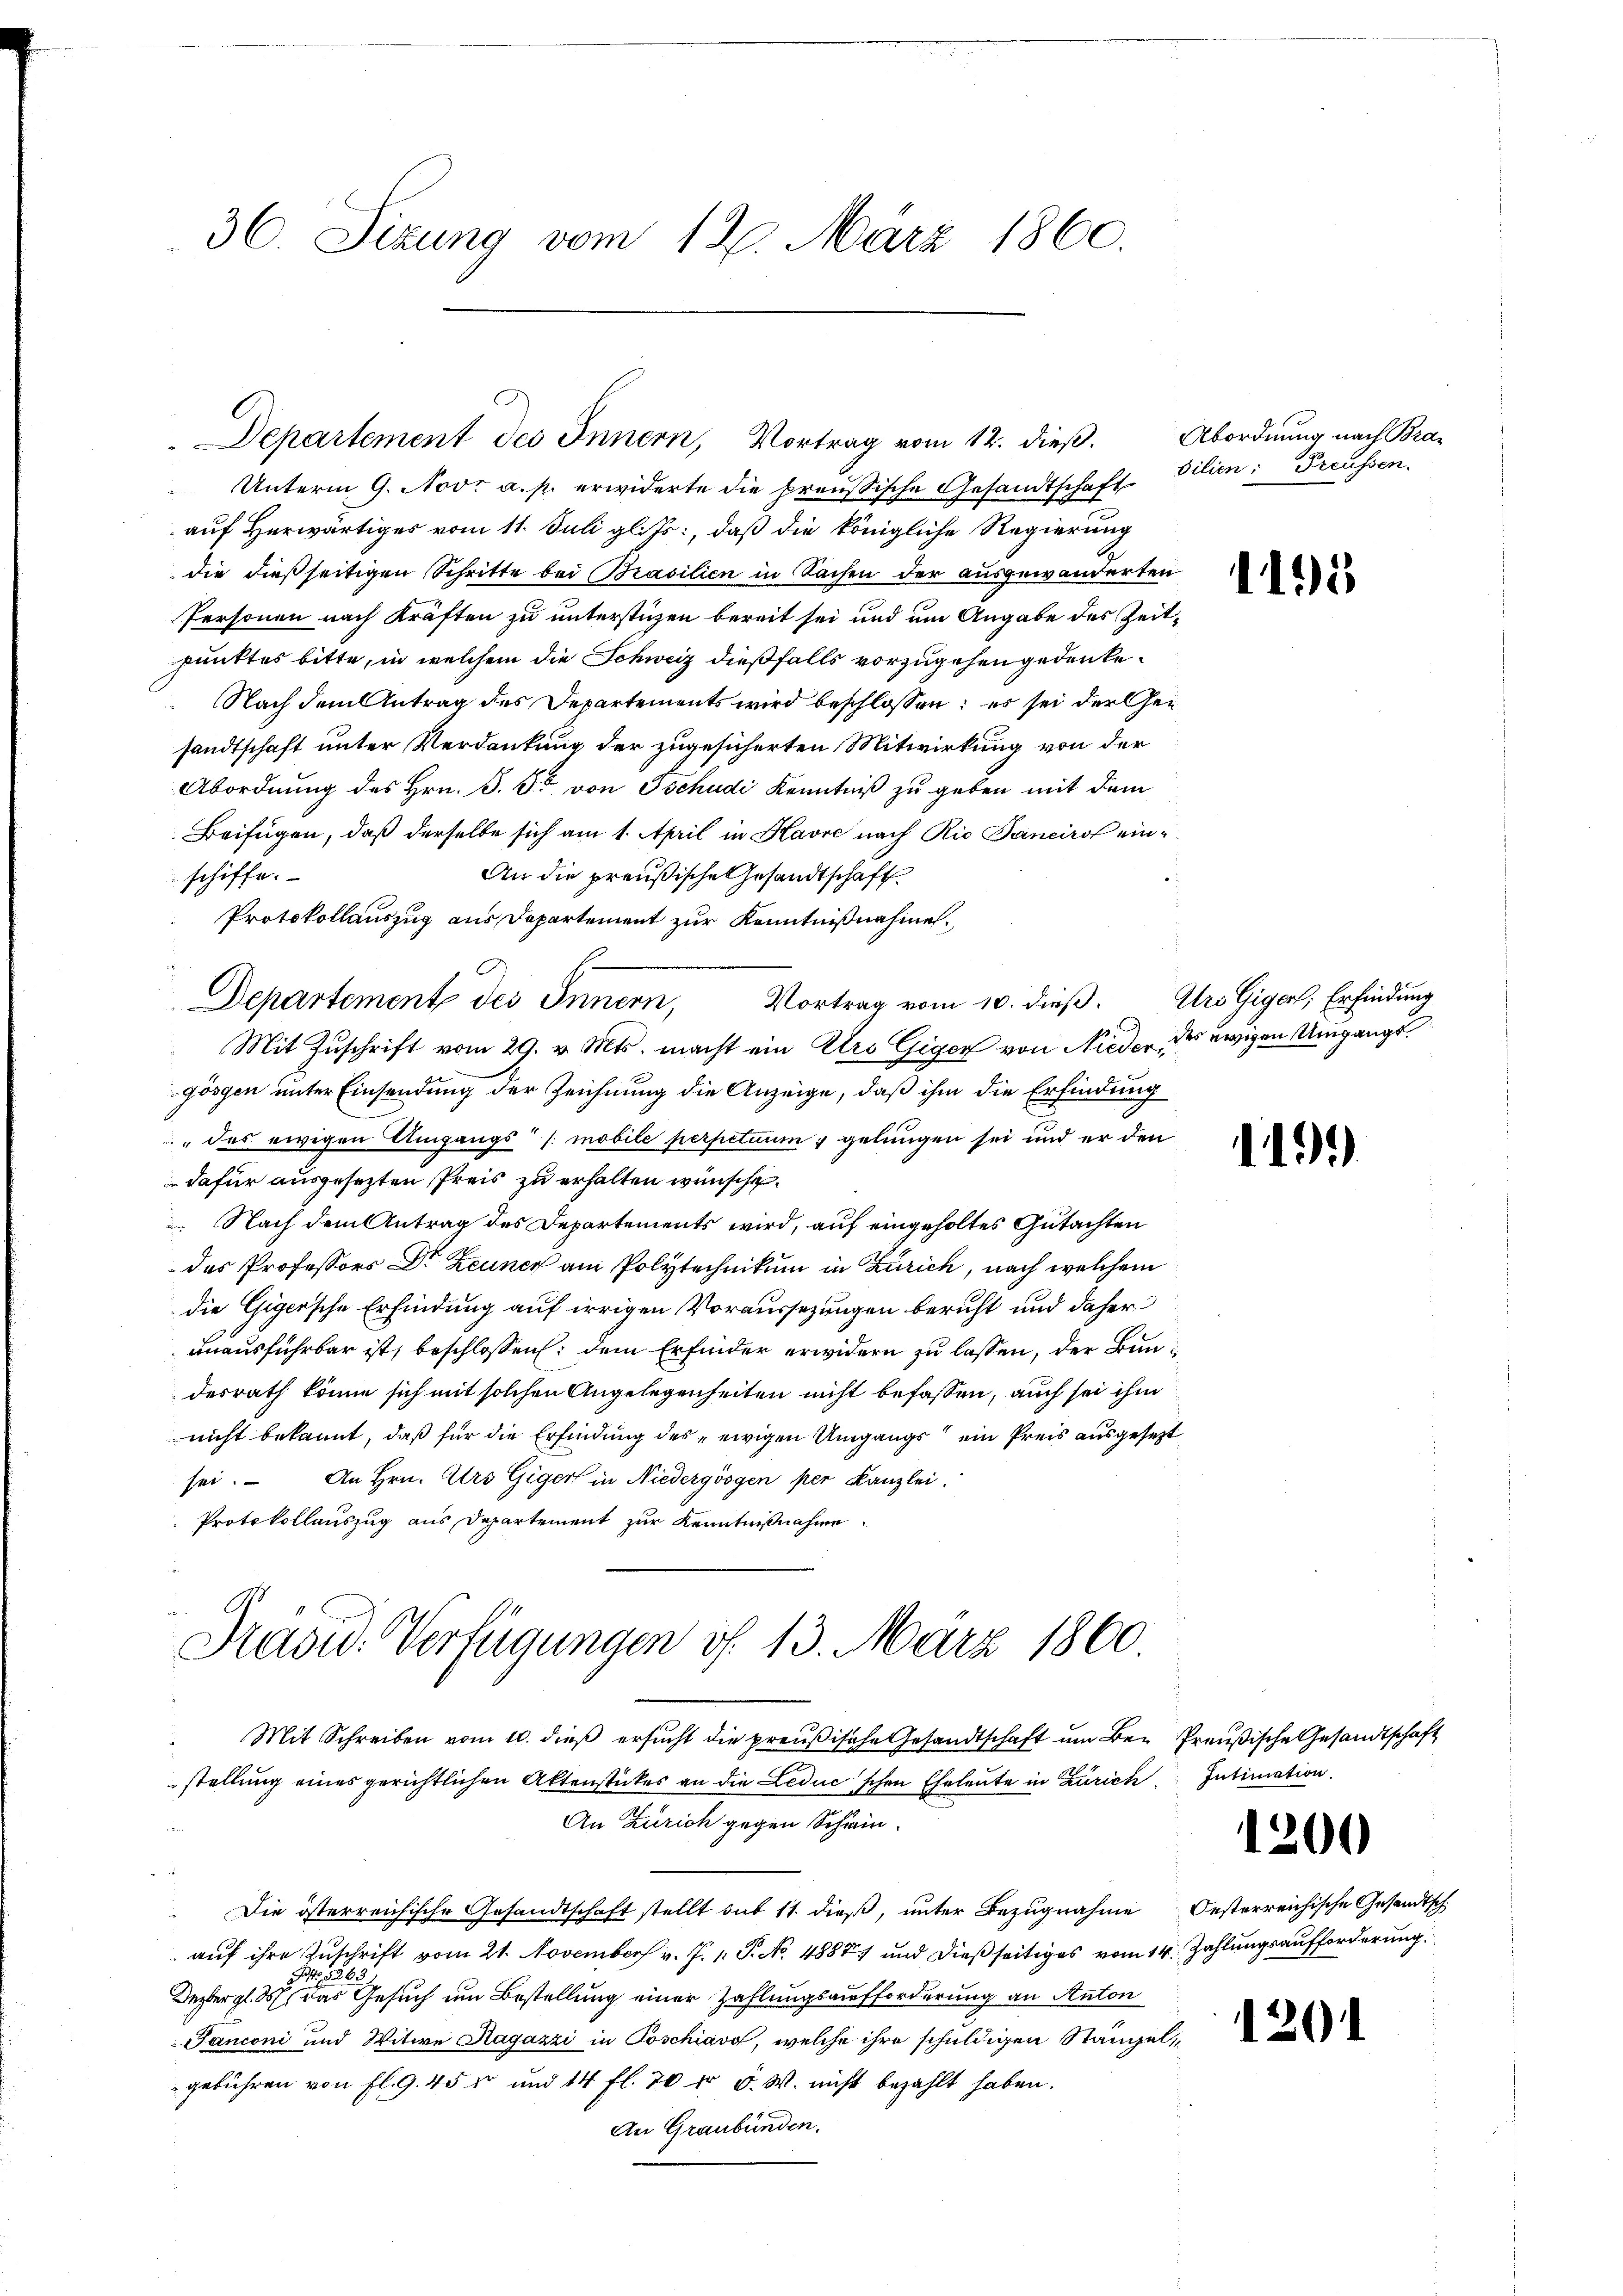
36. Sizung vom 12. März 1860.

Unterm 9. Nov. a. p. erwiderte die preussische Gesandtschaft
auf Herwärtiges vom 11. Juli gl. Js., daß die königliche Regierung
die dießseitigen Schritte bei Brasilien in Sachen der ausgewanderten
Personen nach Kräften zu unterstüzen bereit sei und um Angabe des Zeitpunktes bitte, in welchem die Schweiz dießfalls vorzugehen gedenke¬
Nach dem Antrag des Departements wird beschlossen; es sei der Gesandtschaft unter Verdankung der zugesicherten Mitwirkung von der
Abordnung des Hrn. J. So von Tschudi Kenntniß zu geben mit dem
Beifügen, daß derselbe sich am 1. April in Havre nach Rio Sancirol ein¬
An die preußische Gesandtschaft
schiffe.
Protokollauszug aus Departement zur Kenntnißnahme,
Vortrag vom 10. dieß. Iro Giger, Erfindung
Departement des Innern,
Mit Zuschrift vom 29. v. Mts. macht ein Iro Giger von Nieder des ewigen Umgangsgösgen unter Einsendung der Zeichnung die Anzeige, daß ihm die Erfindung
" des ewigen Umgangs /: mobile perpetuum 5 gelungen sei und er den
dafür ausgesezten Preis zu erhalten wünsche.
 Nach dem Antrag des Departements wird, auf eingeholtes Gutachten
des Professors Dr Zeuner am Polytechnikum in Zürich, nach welchem
die Gigersche Erfindung auf irrigen Voraussezungen beruht und daher
unausführbar ist, beschlossen, dem Erfinder erwidern zu lassen, der Bundesrath könne sich mit solchen Angelegenheiten nicht befassen, auch sei ihm
nicht bekannt, daß für die Erfindung des ewigen Umgangs ein Preis ausgesezt
sei. An Hrn. Ars Giger in Niedergösgen per Kanzlei.
Protokollauszug aus Departement zur Kenntnißnahme

Departement des Innern, Vortrag vom 12. dieß.

Präsid. Verfügungen v. 13. März 1860

Abordnung nach Bra
bilien: Preussen.

Mit Schreiben vom 10. dieß ersucht die preußische Gesandtschaft um Be- Preußische Gesandtschaft
stellung eines gerichtlichen Aktenstückes an die Leduc'schen Eheleute in Zürich, Intimation.
An Zürich gegen Schwin¬
 Die österreichische Gesandtschaft stellt sub 11. dieß, unter Bezugnahme Oesterreichische Gesandtsch
 auf ihre Zuschrift vom 21. November v. J. 1. P. No. 4887 und dießseitiges vom 14. Zahlungsaufforderung
 526.
Dezbergl. M. das Gesuch um Bestellung einer Zahlungsaufforderung an Anton
Janconi und Witwe Hagazzi in Poschiavo, welche ihre schuldigen Stangel
gebühren von fl. G. 45 x und 14 fl. 70 fr F. W. nicht bezahlt haben.
An Graubünden.

1195

1191)

.

20

126